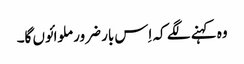
وہ کہنے لگے کہ اِس بار ضرور ملوائوں گا۔